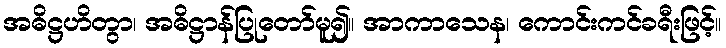
အဓိဋ္ဌဟိတွာ၊ အဓိဋ္ဌာန်ပြုတော်မူ၍။ အာကာသေန၊ ကောင်းကင်ခရီးဖြင့်။